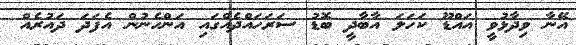
އޭނާ ވިދާޅުވީ އައްޑޫ ކަހަލަ އާބާދީ ބޮޑު ސަރަހައްދެއްގައި އަންހެނުން އެފަދަ ދައުރެއް